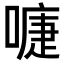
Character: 𭊚